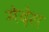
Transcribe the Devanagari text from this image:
मेदेस